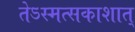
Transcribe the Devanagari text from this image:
तेऽस्मत्सकाशात्